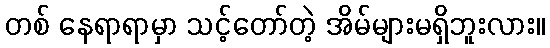
တစ် နေရာရာမှာ သင့်တော်တဲ့ အိမ်များမရှိဘူးလား။